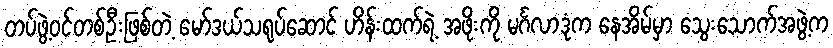
တပ်ဖွဲ့ဝင်တစ်ဦးဖြစ်တဲ့ မော်ဒယ်သရုပ်ဆောင် ဟိန်းထက်ရဲ့ အဖိုးကို မင်္ဂလာဒုံက နေအိမ်မှာ သွေးသောက်အဖွဲ့က